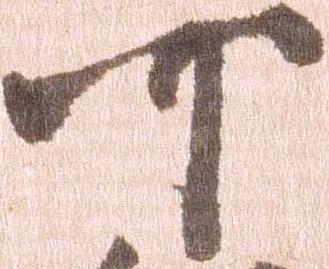
可